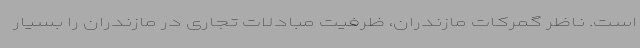
است. ناظر گمرکات مازندران، ظرفیت مبادلات تجاری در مازندران را بسیار